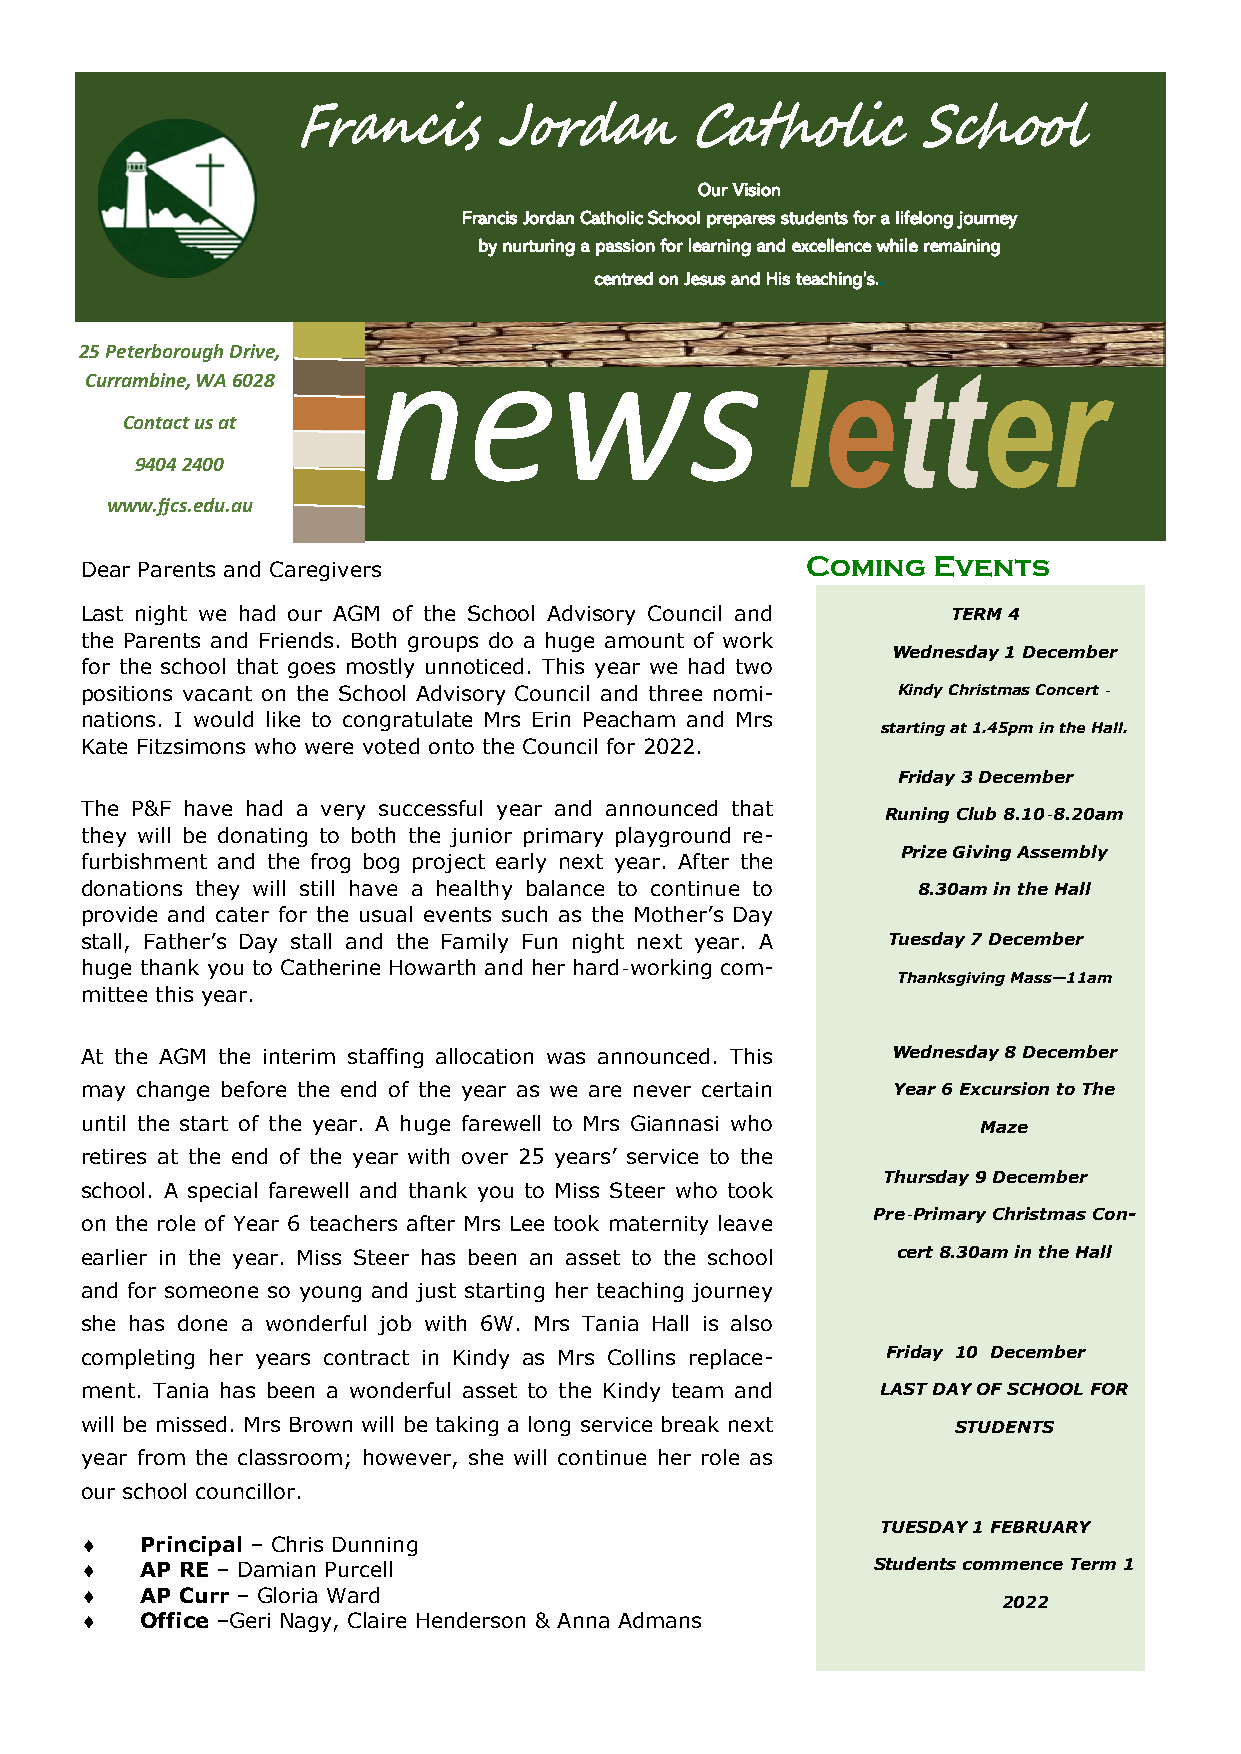
Our Vision
 Francis Jordan Catholic School prepares students for a lifelong journey
 by nurturing a passion for learning and excellence while remaining
 centred on Jesus and His teaching’s..
 25 Peterborough Drive, news
 Currambine, WA 6028
 Contact us at
 9404 2400
 www.fjcs.edu.au
 Coming   Events
 Dear Parents and Caregivers
 Last night we had our AGM of the School Advisory Council and TERM 4
 the Parents and Friends. Both groups do a huge amount of work
 Wednesday 1 December
 for the school that goes mostly unnoticed. This year we had two
 positions vacant on the School Advisory Council and three nomi- Kindy Christmas Concert -
 nations. I would like to congratulate Mrs Erin Peacham and Mrs
 starting at 1.45pm in the Hall.
 Kate Fitzsimons who were voted onto the Council for 2022.
 Friday 3 December
 The P&F have had a very successful year and announced that
 Runing Club 8.10-8.20am
 they will be donating to both the junior primary playground re-
 Prize Giving Assembly
 furbishment and the frog bog project early next year. After the
 donations they will still have a healthy balance to continue to 8.30am in the Hall
 provide and cater for the usual events such as the Mother’s Day
 stall, Father’s Day stall and the Family Fun night next year. A Tuesday 7 December
 huge thank you to Catherine Howarth and her hard-working com-
 Thanksgiving Mass—11am
 mittee this year.
 At the AGM the interim staffing allocation was announced. This Wednesday 8 December
 may change before the end of the year as we are never certain Year 6 Excursion to The
 until the start of the year. A huge farewell to Mrs Giannasi who Maze
 retires at the end of the year with over 25 years’ service to the
 Thursday 9 December
 school. A special farewell and thank you to Miss Steer who took
 Pre-Primary Christmas Con-
 on the role of Year 6 teachers after Mrs Lee took maternity leave
 earlier in the year. Miss Steer has been an asset to the school cert 8.30am in the Hall
 and for someone so young and just starting her teaching journey
 she has done a wonderful job with 6W. Mrs Tania Hall is also
 completing her years contract in Kindy as Mrs Collins replace- Friday 10 December
 ment. Tania has been a wonderful asset to the Kindy team and LAST DAY OF SCHOOL FOR
 will be missed. Mrs Brown will be taking a long service break next STUDENTS
 year from the classroom; however, she will continue her role as
 our school councillor.
 TUESDAY 1 FEBRUARY
    Principal – Chris Dunning
    AP RE – Damian Purcell                           Students commence Term 1
    AP Curr – Gloria Ward
 2022
    Office –Geri Nagy, Claire Henderson & Anna Admans